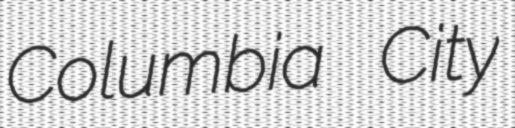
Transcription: Columbia City